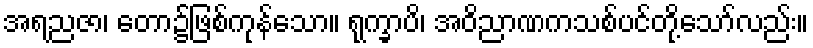
အရညဇာ၊ တော၌ဖြစ်ကုန်သော။ ရုက္ခာပိ၊ အဝိညာဏကသစ်ပင်တို့သော်လည်း။